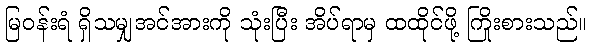
မြဝန်းရံ ရှိသမျှအင်အားကို သုံးပြီး အိပ်ရာမှ ထထိုင်ဖို့ ကြိုးစားသည်။